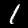
Label: 1